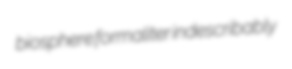
biosphere formaliter indescribably